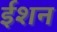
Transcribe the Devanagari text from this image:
ईशन